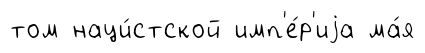
том наци́стской имп'е́р'иjа ма́я